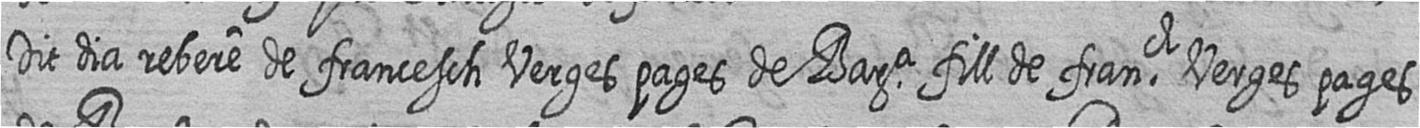
Dit dia rebere de francesch Verges pages de Bara fill de franch Verges pages